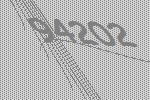
94202